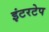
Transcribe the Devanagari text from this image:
इंटरटेप